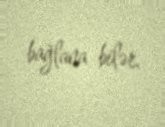
bağlana bilər.